Oru_vallavalitsus, lk 13
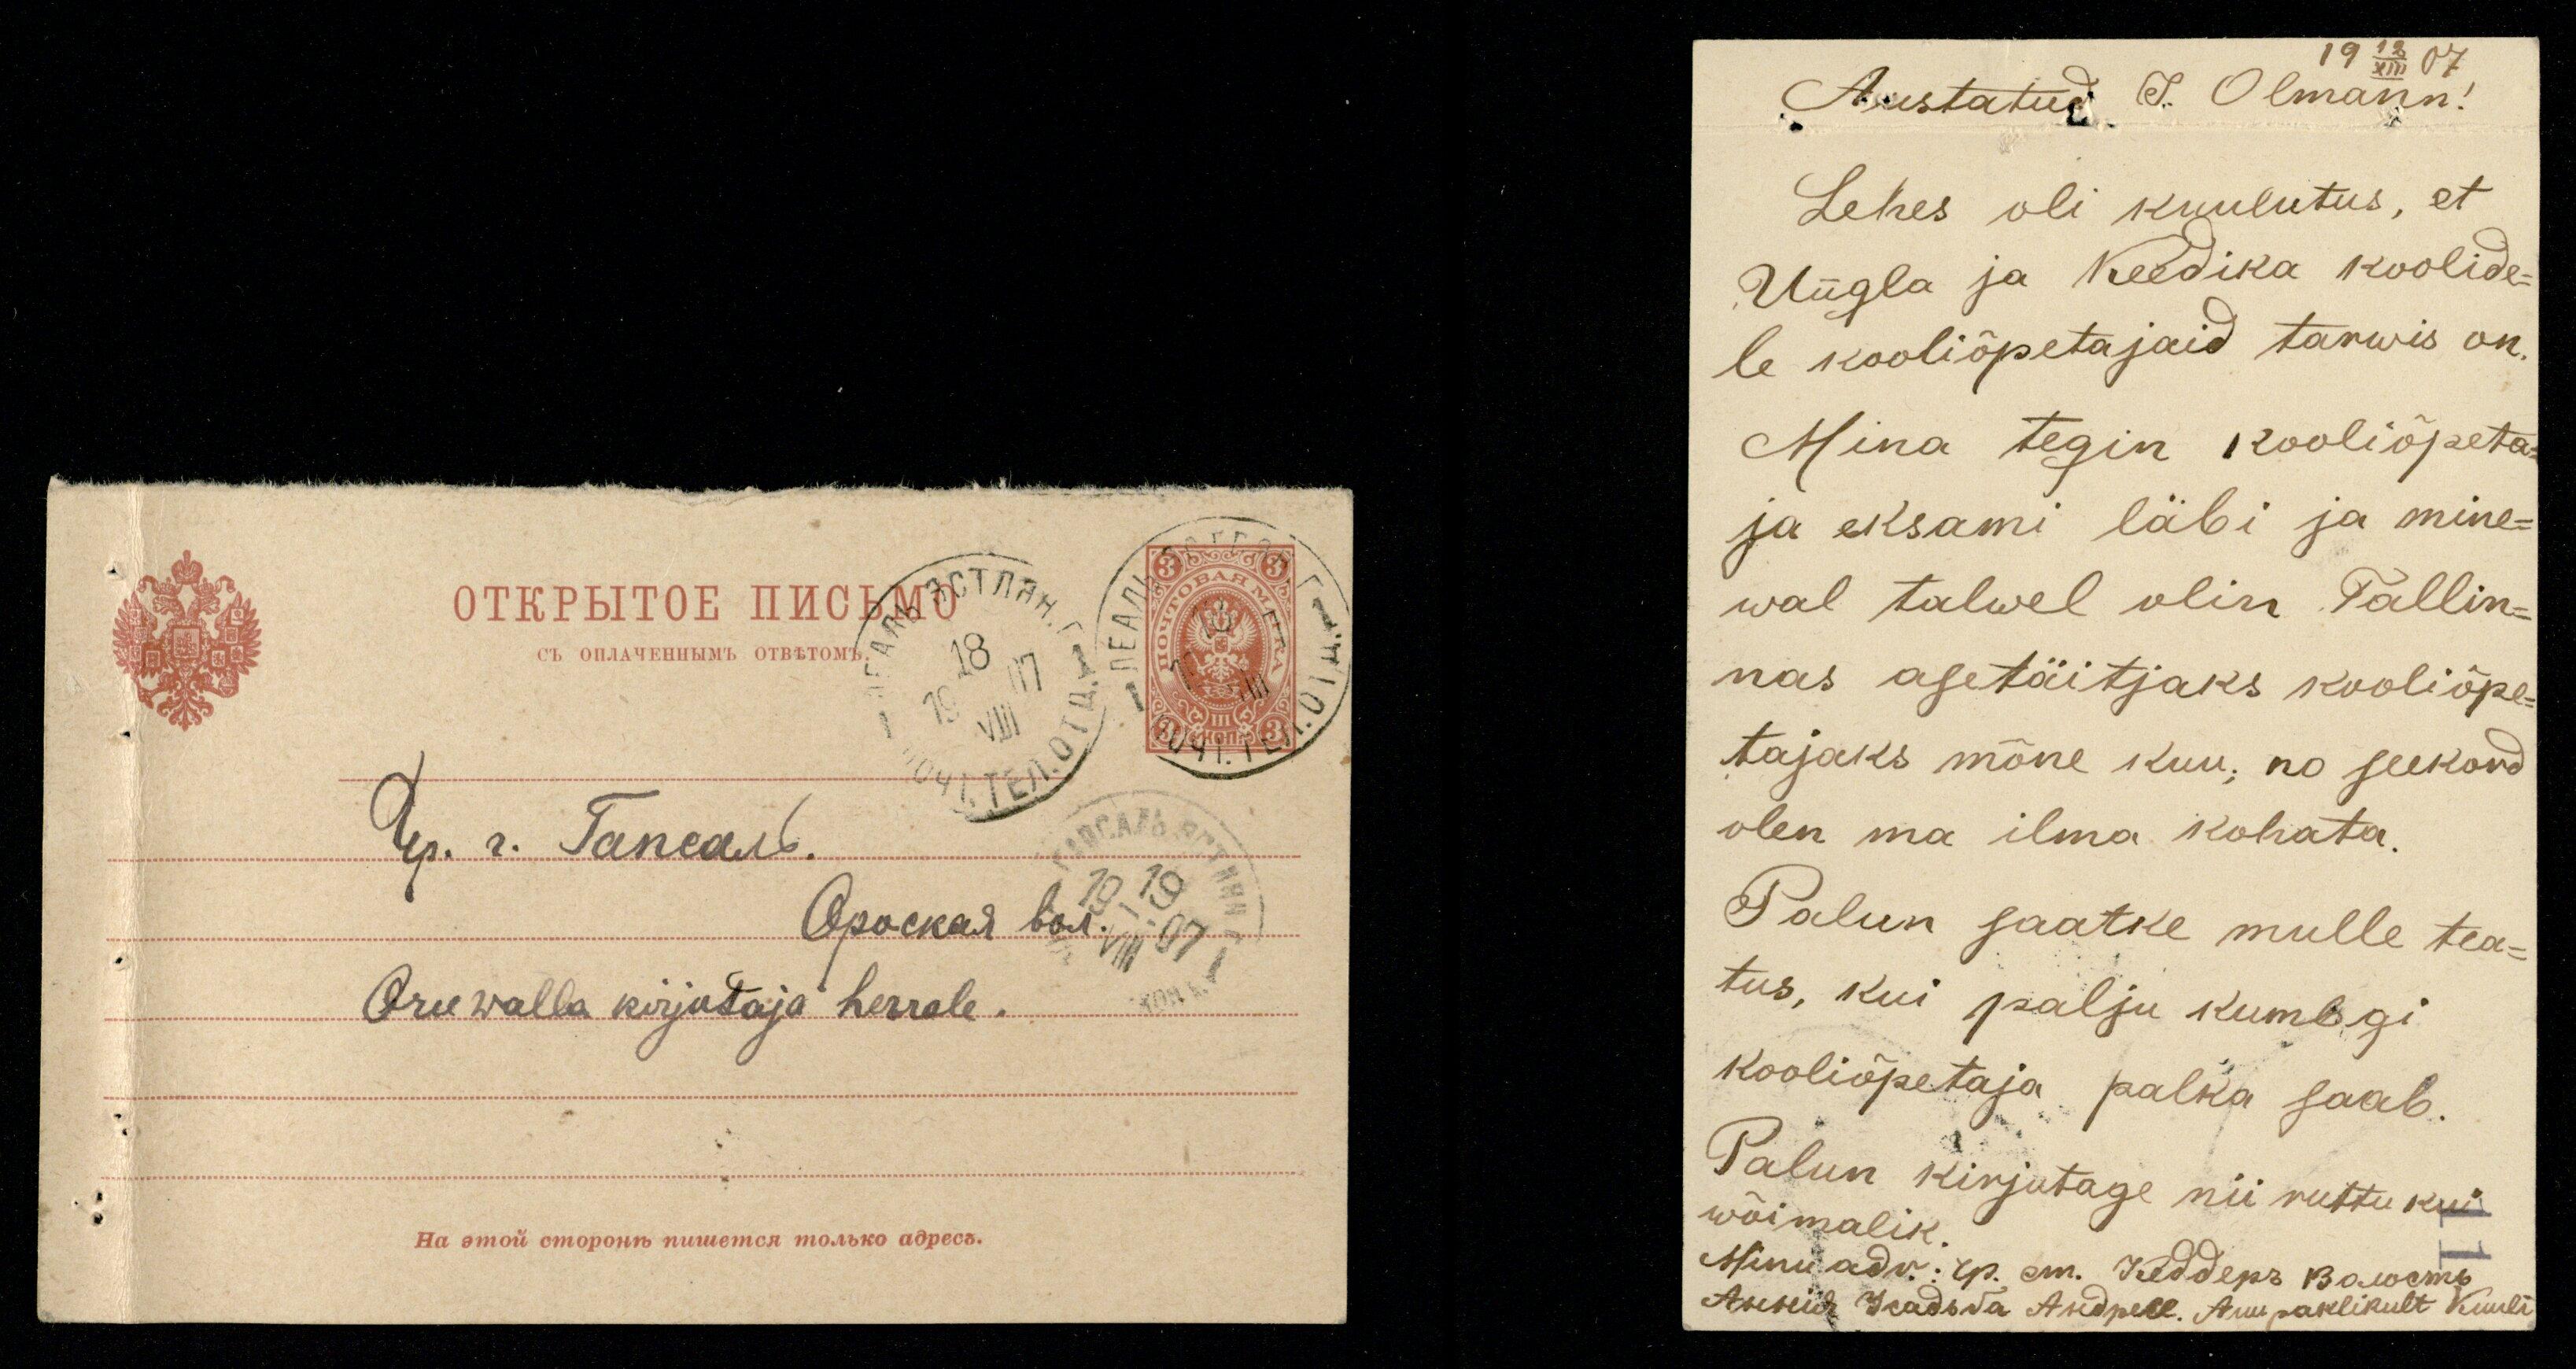
Oru walla kirjutaja herrale.

19 12/XIII 07
Austatud J. Olmann!
Lehes oli kuulutus, et
Ungla ja Keedika koolide-
le kooliõpetajaid tarwis on,
Mina tegin kooliõpeta-
ja eksami läbi ja mine-
wal talwel olin Tallin-
nas asetäitjaks kooliõpe-
tajaks mõne kuu; no seekord
olen ma ilma kohata.
Palun saatke mulle tea-
tus, kui palju kumbgi
kooliõpetaja palka saab.
Palun kirjutage nii ruttu kui
wõimalik
Minu adr: Ap. sm. Keddepr Baroomb
Asekiid 3 sadida Andnell. Auu paklikult Kuuli